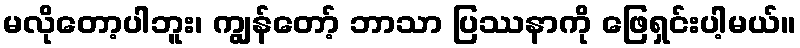
မလိုတော့ပါဘူး၊ ကျွန်တော့် ဘာသာ ပြဿနာကို ဖြေရှင်းပါ့မယ်။